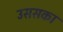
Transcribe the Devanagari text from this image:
उससका